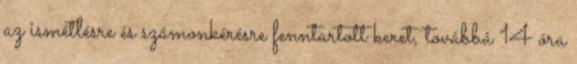
az ismétlésre és számonkérésre fenntartott keret, továbbá 14 óra